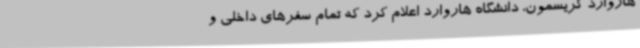
هاروارد کریسمون، دانشگاه هاروارد اعلام کرد که تمام سفرهای داخلی و